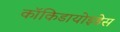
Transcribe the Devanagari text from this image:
कॉकिडायोइडेस